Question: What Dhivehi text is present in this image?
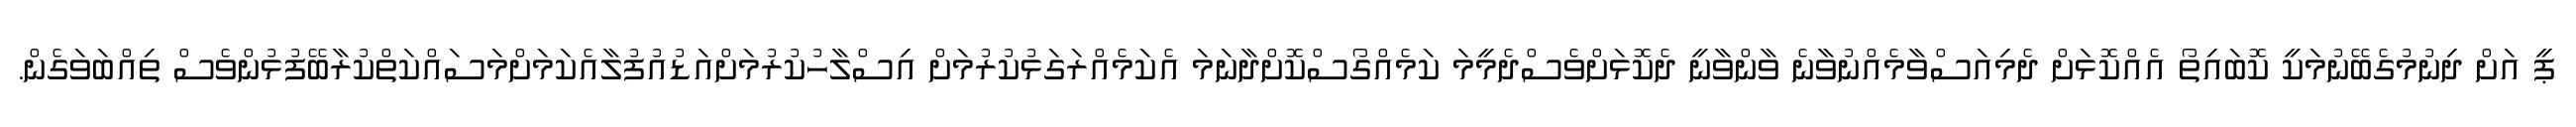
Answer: ޕީ އަށް ދިނުމުގެބޭނުމަކީ ކޮބައިތޯ އެއްކޮޅަށް ދެމިއަސްވާމެއްނުވާނެ ވާންވާނީ ދެކޮޅަށްވެސްދެމީމަ ކަމެއްގޯސްކޮށްދާނަމަ އެކަމެއްރަގަޅުކުރުމަށް އިސްލާހުކުރުމަށްއަޑުއުފުލާއެކަމަށްމަސައްކަތްކުރާބޭފުޅުންވެސް ތިއްބަވަގެން.